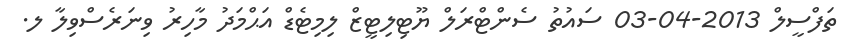
ތަފްސީލް 2013-04-03 ސައުތު ސެންޓްރަލް ޔޫޓިލިޓީޒް ލިމިޓެޑް އަޙްމަދު މާހިރު ވިނަރެސްވިލާ ލ.